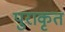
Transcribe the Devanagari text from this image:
पुराकृत